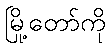
မြို့တော်ကို